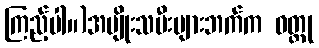
ကြည့်ပါ။)အမျိုးသမီးများဘက်က ဝတ္ထု